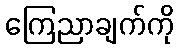
ကြေညာချက်ကို